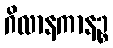
ဂိလာနကာနဉ္စ